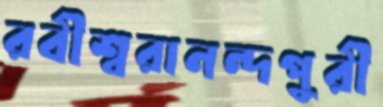
রবীশ্বরানন্দপুরী